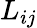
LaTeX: L_{ij}